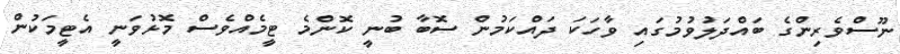
ނޫސްވެރިންގެ ބައްދަލުވުމުގައި ވާހަކަ ދައްކަމުން ސޮބާ ބުނީ ކޮންމެ ޓީމެއްވެސް މޮޅުވަނީ އެޓީމަކުން